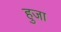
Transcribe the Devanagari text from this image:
हुजा